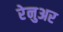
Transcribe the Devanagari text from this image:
रेनुअर